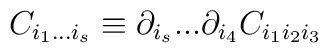
C_{i_1 ... i_s} \equiv \partial_{i_s} ... \partial_{i_4} C_{i_1i_2 i_3}